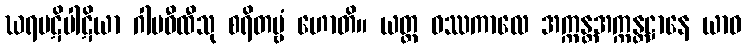
ဃရပဋိပါဋိယာ ဂါမဝီထီသု စရိတဗ္ဗံ ဟောတိ။ ယတ္ထ ဝဿကာလေ အက္ကန္တအက္ကန္တဋ္ဌာနေ ယာဝ